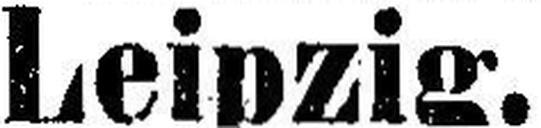
Leipzig.